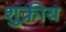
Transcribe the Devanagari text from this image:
शुक्रीय